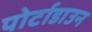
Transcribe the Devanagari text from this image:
पोर्टाडाउन